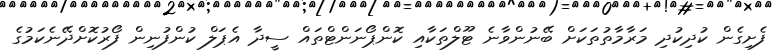
ފެށިގެން ކުދިކުދި މަރާމާތުތަކަށް ބޭނުންވާނެ ޓޫލްތަކާއި ކޮންޕޯނަންޓްތައް ސީދާ އެޕަލް ކުންފުނިން ފޯރުކޮށްދޭނެކަމުގެ